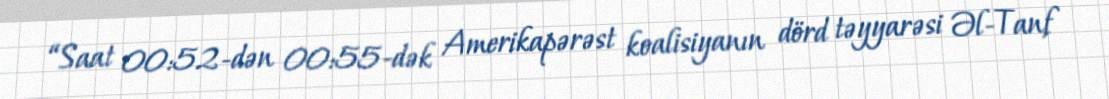
“Saat 00:52-dən 00:55-dək Amerikapərəst koalisiyanın dörd təyyarəsi Əl-Tanf